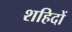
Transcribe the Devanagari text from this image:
शहिदों